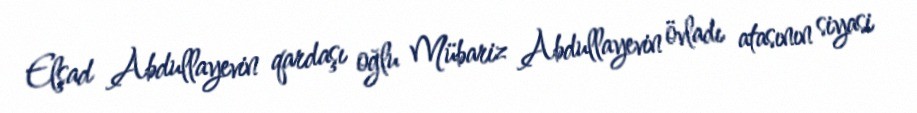
Elşad Abdullayevin qardaşı oğlu Mübariz Abdullayevin övladı atasının siyasi